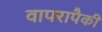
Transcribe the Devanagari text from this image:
वापरापैकी